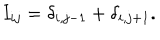
I _ { i j } = \delta _ { i , j - 1 } + \delta _ { i , j + 1 } .